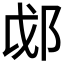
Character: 𫑛